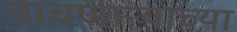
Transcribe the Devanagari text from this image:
वाचणाऱ्याच्या